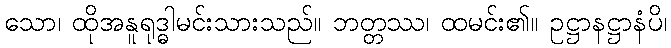
သော၊ ထိုအနူရုဒ္ဓါမင်းသားသည်။ ဘတ္တဿ၊ ထမင်း၏။ ဥဋ္ဌာနဋ္ဌာနံပိ၊